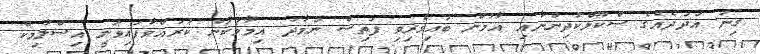
ގިނަ އަދަދެއްގެ ސްކޫލްކުދިންނާއި އާމުން ބައިވެރިވި ފަތިސް ނަމާދު އިމާމުކަން ކުރައްވާފައިވަނީ އިސްލާމިކް